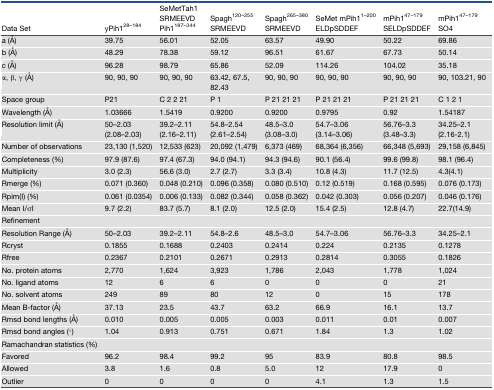
<table><thead><tr><td><b>Data Set</b></td><td><b>yPih1<sup>28–184</sup></b></td><td><b>SeMetTah1 SRMEEVD Pih1<sup>187–344</sup></b></td><td><b>Spagh<sup>120–255</sup> SRMEEVD</b></td><td><b>Spagh<sup>265–380</sup> SRMEEVD</b></td><td><b>SeMet mPih1<sup>1–200</sup> ELDpSDDEF</b></td><td><b>mPih1<sup>47–179</sup> SELDpSDDEF</b></td><td><b>mPih1<sup>47–179</sup> SO4</b></td></tr></thead><tbody><tr><td>a (Å)</td><td>39.75</td><td>56.01</td><td>52.05</td><td>63.57</td><td>49.90</td><td>50.22</td><td>69.86</td></tr><tr><td>b (Å)</td><td>48.29</td><td>78.38</td><td>59.12</td><td>96.51</td><td>61.67</td><td>67.73</td><td>50.14</td></tr><tr><td>c (Å)</td><td>96.28</td><td>98.79</td><td>65.86</td><td>52.09</td><td>114.26</td><td>104.02</td><td>35.18</td></tr><tr><td>α, β, γ (Å)</td><td>90, 90, 90</td><td>90, 90, 90</td><td>63.42, 67.5, 82.43</td><td>90, 90, 90</td><td>90, 90, 90</td><td>90, 90, 90</td><td>90, 103.21, 90</td></tr><tr><td>Space group</td><td>P21</td><td>C 2 2 21</td><td>P 1</td><td>P 21 21 21</td><td>P 21 21 21</td><td>P 21 21 21</td><td>C 1 2 1</td></tr><tr><td>Wavelength (Å)</td><td>1.03666</td><td>1.5419</td><td>0.9200</td><td>0.9200</td><td>0.9795</td><td>0.92</td><td>1.54187</td></tr><tr><td>Resolution limit (Å)</td><td>50–2.03(2.08–2.03)</td><td>39.2–2.11 (2.16–2.11)</td><td>54.8–2.54 (2.61–2.54)</td><td>48.5–3.0 (3.08–3.0)</td><td>54.7–3.06 (3.14–3.06)</td><td>56.76–3.3 (3.48–3.3)</td><td>34.25–2.1 (2.16-2.1)</td></tr><tr><td>Number of observations</td><td>23,130 (1,520)</td><td>12,533 (623)</td><td>20,092 (1,479)</td><td>6,373 (469)</td><td>68,364 (6,356)</td><td>66,348 (5,693)</td><td>29,158 (6,845)</td></tr><tr><td>Completeness (%)</td><td>97.9 (87.6)</td><td>97.4 (67.3)</td><td>94.0 (94.1)</td><td>94.3 (94.6)</td><td>90.1 (56.4)</td><td>99.6 (99.8)</td><td>98.1 (96.4)</td></tr><tr><td>Multiplicity</td><td>3.0 (2.3)</td><td>56.6 (3.0)</td><td>2.7 (2.7)</td><td>3.3 (3.4)</td><td>10.8 (4.3)</td><td>11.7 (12.5)</td><td>4.3(4.1)</td></tr><tr><td>Rmerge (%)</td><td>0.071 (0.360)</td><td>0.048 (0.210)</td><td>0.096 (0.358)</td><td>0.080 (0.510)</td><td>0.12 (0.519)</td><td>0.168 (0.595)</td><td>0.076 (0.173)</td></tr><tr><td>Rpim(I) (%)</td><td>0.061 (0.0354)</td><td>0.006 (0.133)</td><td>0.082 (0.344)</td><td>0.058 (0.362)</td><td>0.042 (0.303)</td><td>0.056 (0.207)</td><td>0.046 (0.176)</td></tr><tr><td>Mean I/σI</td><td>9.7 (2.2)</td><td>83.7 (5.7)</td><td>8.1 (2.0)</td><td>12.5 (2.0)</td><td>15.4 (2.5)</td><td>12.8 (4.7)</td><td>22.7(14.9)</td></tr><tr><td>Refinement</td><td></td><td></td><td></td><td></td><td></td><td></td><td></td></tr><tr><td>Resolution Range (Å)</td><td>50–2.03</td><td>39.2–2.11</td><td>54.8–2.6</td><td>48.5–3.0</td><td>54.7–3.06</td><td>56.76–3.3</td><td>34.25–2.1</td></tr><tr><td>Rcryst</td><td>0.1855</td><td>0.1688</td><td>0.2403</td><td>0.2414</td><td>0.224</td><td>0.2135</td><td>0.1278</td></tr><tr><td>Rfree</td><td>0.2367</td><td>0.2101</td><td>0.2671</td><td>0.2913</td><td>0.2814</td><td>0.3055</td><td>0.1826</td></tr><tr><td>No. protein atoms</td><td>2,770</td><td>1,624</td><td>3,923</td><td>1,786</td><td>2,043</td><td>1,778</td><td>1,024</td></tr><tr><td>No. ligand atoms</td><td>12</td><td>6</td><td>6</td><td>0</td><td>0</td><td>0</td><td>21</td></tr><tr><td>No. solvent atoms</td><td>249</td><td>89</td><td>80</td><td>12</td><td>0</td><td>15</td><td>178</td></tr><tr><td>Mean B-factor (Å)</td><td>37.13</td><td>23.5</td><td>43.7</td><td>63.2</td><td>66.9</td><td>16.1</td><td>13.7</td></tr><tr><td>Rmsd bond lengths (Å)</td><td>0.010</td><td>0.005</td><td>0.005</td><td>0.003</td><td>0.011</td><td>0.01</td><td>0.007</td></tr><tr><td>Rmsd bond angles (°)</td><td>1.04</td><td>0.913</td><td>0.751</td><td>0.671</td><td>1.84</td><td>1.3</td><td>1.02</td></tr><tr><td>Ramachandran statistics (%)</td><td></td><td></td><td></td><td></td><td></td><td></td><td></td></tr><tr><td>Favored</td><td>96.2</td><td>98.4</td><td>99.2</td><td>95</td><td>83.9</td><td>80.8</td><td>98.5</td></tr><tr><td>Allowed</td><td>3.8</td><td>1.6</td><td>0.8</td><td>5.0</td><td>12</td><td>17.9</td><td>0</td></tr><tr><td>Outlier</td><td>0</td><td>0</td><td>0</td><td>0</td><td>4.1</td><td>1.3</td><td>1.5</td></tr></tbody></table>